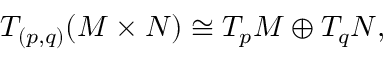
T _ { ( p , q ) } ( M \times N ) \cong T _ { p } M \oplus T _ { q } N ,